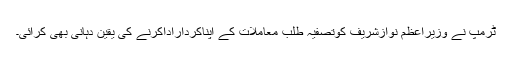
ٹرمپ نے وزیراعظم نوازشریف کوتصفیہ طلب معاملات کے اپناکرداراداکرنے کی یقین دہانی بھی کرائی۔